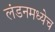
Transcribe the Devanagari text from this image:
लंडनमध्येच